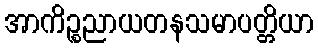
အာကိဉ္စညာယတနသမာပတ္တိယာ